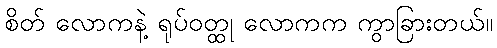
စိတ် လောကနဲ့ ရုပ်ဝတ္ထု လောကက ကွာခြားတယ်။